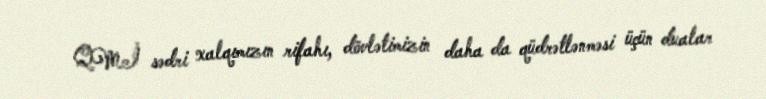
QMİ sədri xalqımızın rifahı, dövlətimizin daha da qüdrətlənməsi üçün dualar